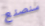
سنصنع